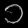
Digit: ၁